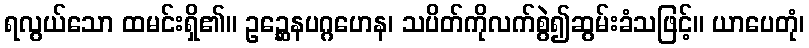
ရလွယ်သော ထမင်းရှိ၏။ ဥဉ္ဆေနပဂ္ဂဟေန၊ သပိတ်ကိုလက်စွဲ၍ဆွမ်းခံသဖြင့်။ ယာပေတုံ၊